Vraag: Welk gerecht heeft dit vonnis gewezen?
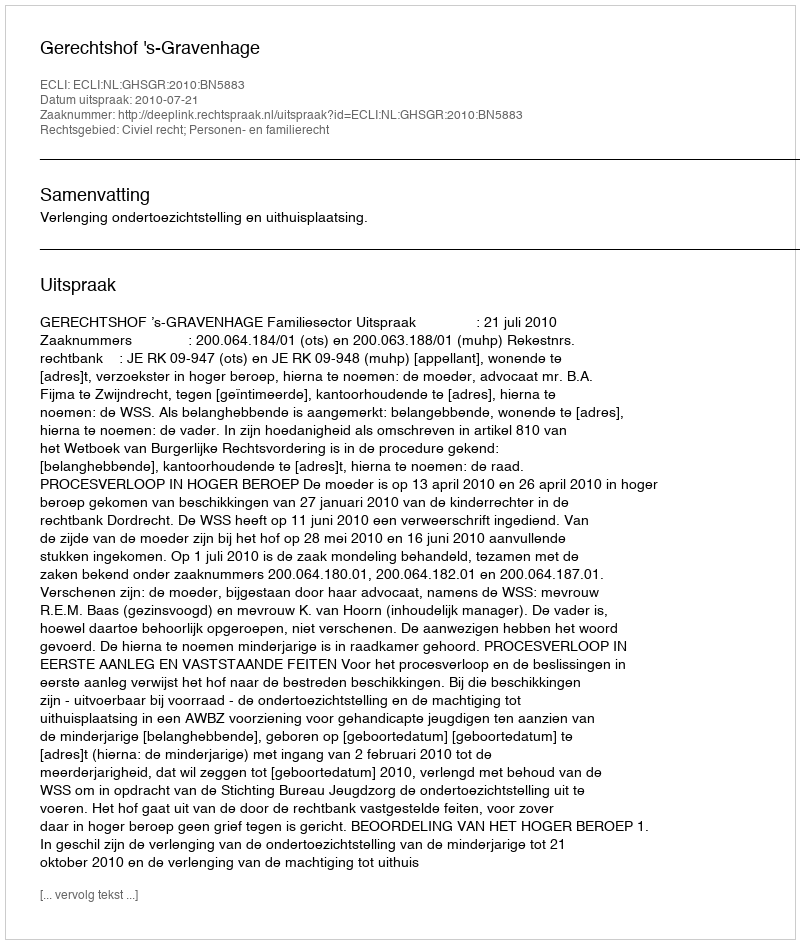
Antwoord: Gerechtshof 's-Gravenhage